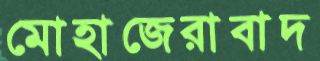
মোহাজেরাবাদ